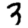
Digit: 3